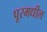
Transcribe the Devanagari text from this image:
पूरमधील